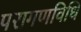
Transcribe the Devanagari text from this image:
परागणविधि